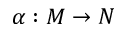
\alpha : M \rightarrow N